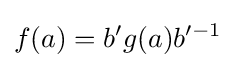
f(a)=b'g(a){b'^{-1}}